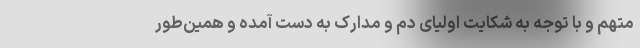
متهم و با توجه به شکایت اولیای دم و مدارک به دست آمده و همین‌طور